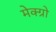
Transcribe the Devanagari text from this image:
मेक्ग्रो